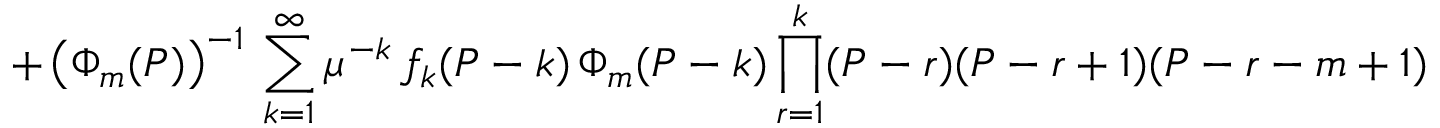
+ \left( \Phi _ { m } ( P ) \right) ^ { - 1 } \, \sum _ { k = 1 } ^ { \infty } \mu ^ { - k } \, f _ { k } ( P - k ) \, \Phi _ { m } ( P - k ) \prod _ { r = 1 } ^ { k } ( P - r ) ( P - r + 1 ) ( P - r - m + 1 ) \,